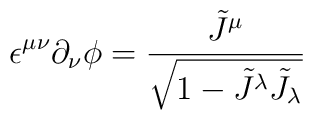
\epsilon ^{\mu \nu }\partial _{\nu }\phi =\frac{\tilde J ^{\mu }}{\sqrt{1-\tilde J ^{\lambda }\tilde J _{\lambda }}}